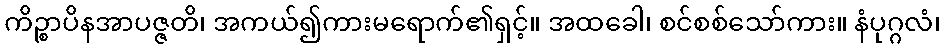
ကိဉ္စာပိနအာပဇ္ဇတိ၊ အကယ်၍ကားမရောက်၏ရှင့်။ အထခေါ၊ စင်စစ်သော်ကား။ နံပုဂ္ဂလံ၊